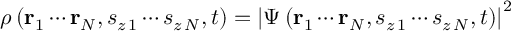
\rho \left( \mathbf { r } _ { 1 } \cdots \mathbf { r } _ { N } , s _ { z \, 1 } \cdots s _ { z \, N } , t \right) = \left| \Psi \left( \mathbf { r } _ { 1 } \cdots \mathbf { r } _ { N } , s _ { z \, 1 } \cdots s _ { z \, N } , t \right) \right| ^ { 2 }